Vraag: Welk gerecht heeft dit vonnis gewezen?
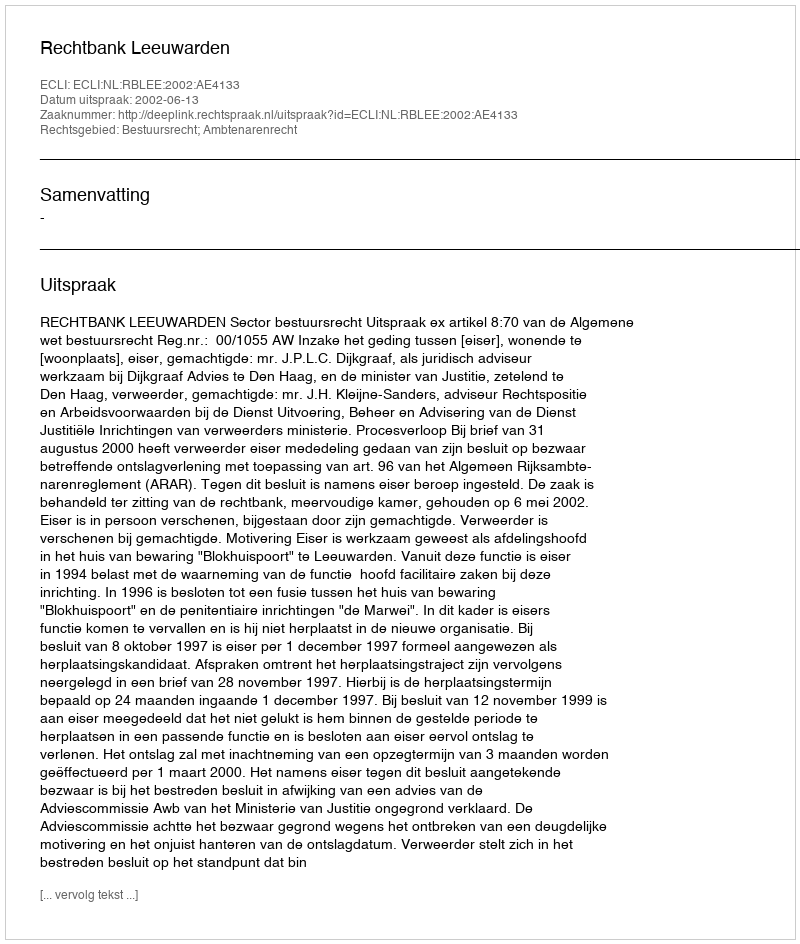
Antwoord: Rechtbank Leeuwarden